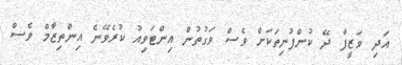
އަދި ވަޒީފާ ދޭ ކުންފުނިތަކަށް ވެސް ވަގުތުން އިންޓަވިއު ކުރެވޭނެ އިންތިޒާމް ވެސް